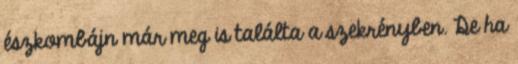
észkombájn már meg is találta a szekrényben. De ha